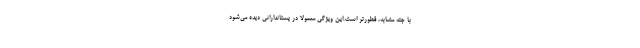
با جثه مشابه، قطورتر است.این ویژگی‌ معمولا در پستاندارانی دیده می‌شود